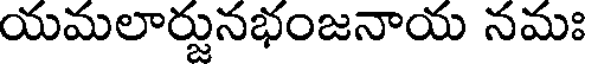
యమలార్జునభంజనాయ నమః